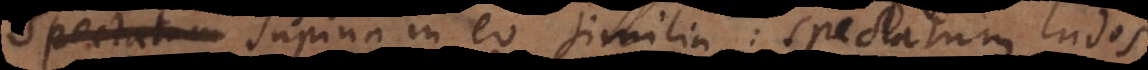
est. Supina in eo similia: spectatum ludos,